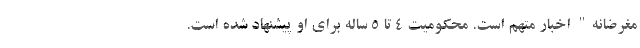
مغرضانه" اخبار متهم است. محکومیت 4 تا 5 ساله برای او پیشنهاد شده است.